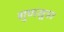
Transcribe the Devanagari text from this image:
गुणसूत्र।